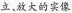
立，放大的实像